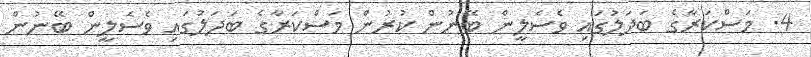
4. މަސްކަރާގެ ބަދަލުގައި ވެސެލީން ބޭނުން ކުރުން މަސްކަރާގެ ބަދަލުގައި ވެސެލީން ބޭނުން